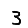
Digit: 3